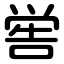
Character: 喾